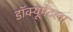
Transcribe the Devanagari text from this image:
डॉक्यूमेंटला